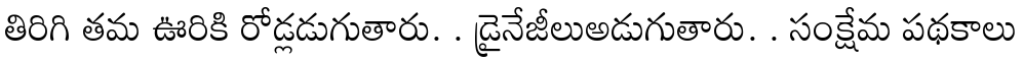
తిరిగి తమ ఊరికి రోడ్లడుగుతారు. . డ్రైనేజీలుఅడుగుతారు. . సంక్షేమ పథకాలు